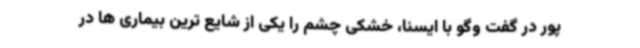
پور در گفت وگو با ایسنا، خشکی چشم را یکی از شایع ترین بیماری ها در